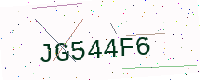
Text: JG544F6